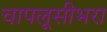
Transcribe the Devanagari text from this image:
चापलूसीभरा